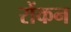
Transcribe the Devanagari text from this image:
रोंकन